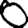
Digit: 0